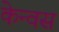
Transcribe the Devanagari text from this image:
केन्वस